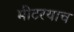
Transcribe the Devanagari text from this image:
मीटरयाच